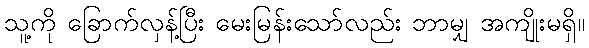
သူ့ကို ခြောက်လှန့်ပြီး မေးမြန်းသော်လည်း ဘာမျှ အကျိုးမရှိ။